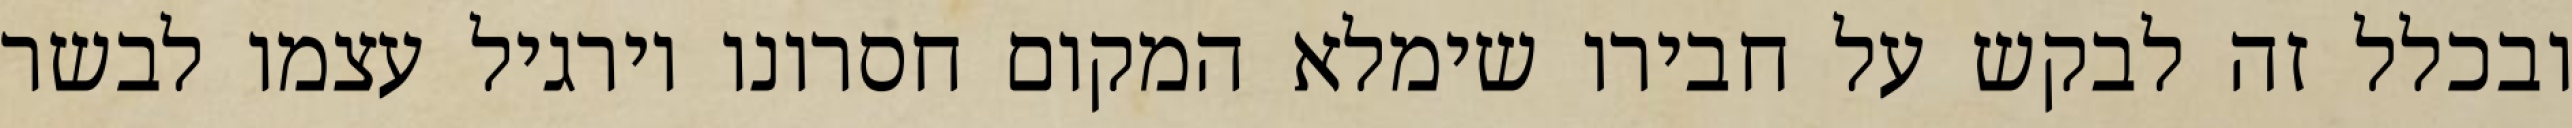
ובכלל זה לבקש על חבירו שימלא המקום חסרונו וירגיל עצמו לבשר